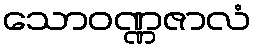
သောဝဏ္ဏဇာလံ